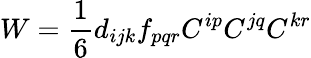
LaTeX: W=\frac{1}{6}d_{ijk}f_{pqr}C^{ip}C^{jq}C^{kr}